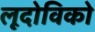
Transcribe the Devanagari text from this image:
लूदोविको